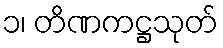
၁၊ တိဏကဋ္ဌသုတ်